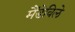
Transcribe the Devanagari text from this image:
मैंडेविले